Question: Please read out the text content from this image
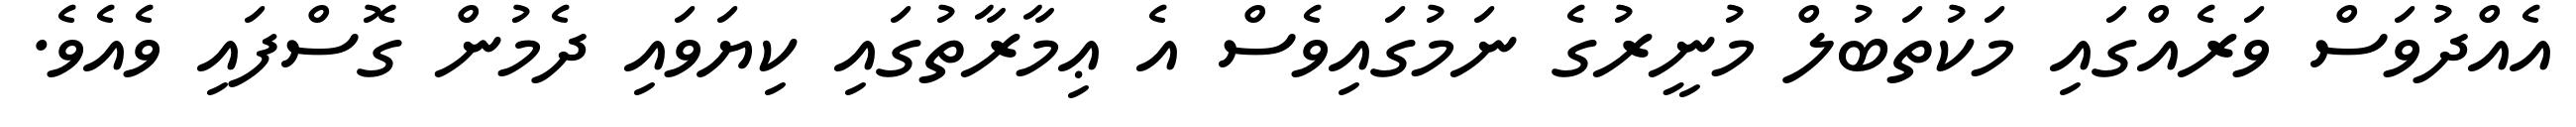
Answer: އެއްދުވަސް ވަރެއްގައި މަކުތަބުލް މުނީރުގެ ނަމުގައިވެސް އެ ޢިމާރާތުގައި ކިޔަވައި ދެމުން ގޮސްފައި ވެއެވެ.